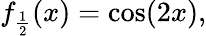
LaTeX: f_{\frac{1}{2}}(x)=\cos(2x),